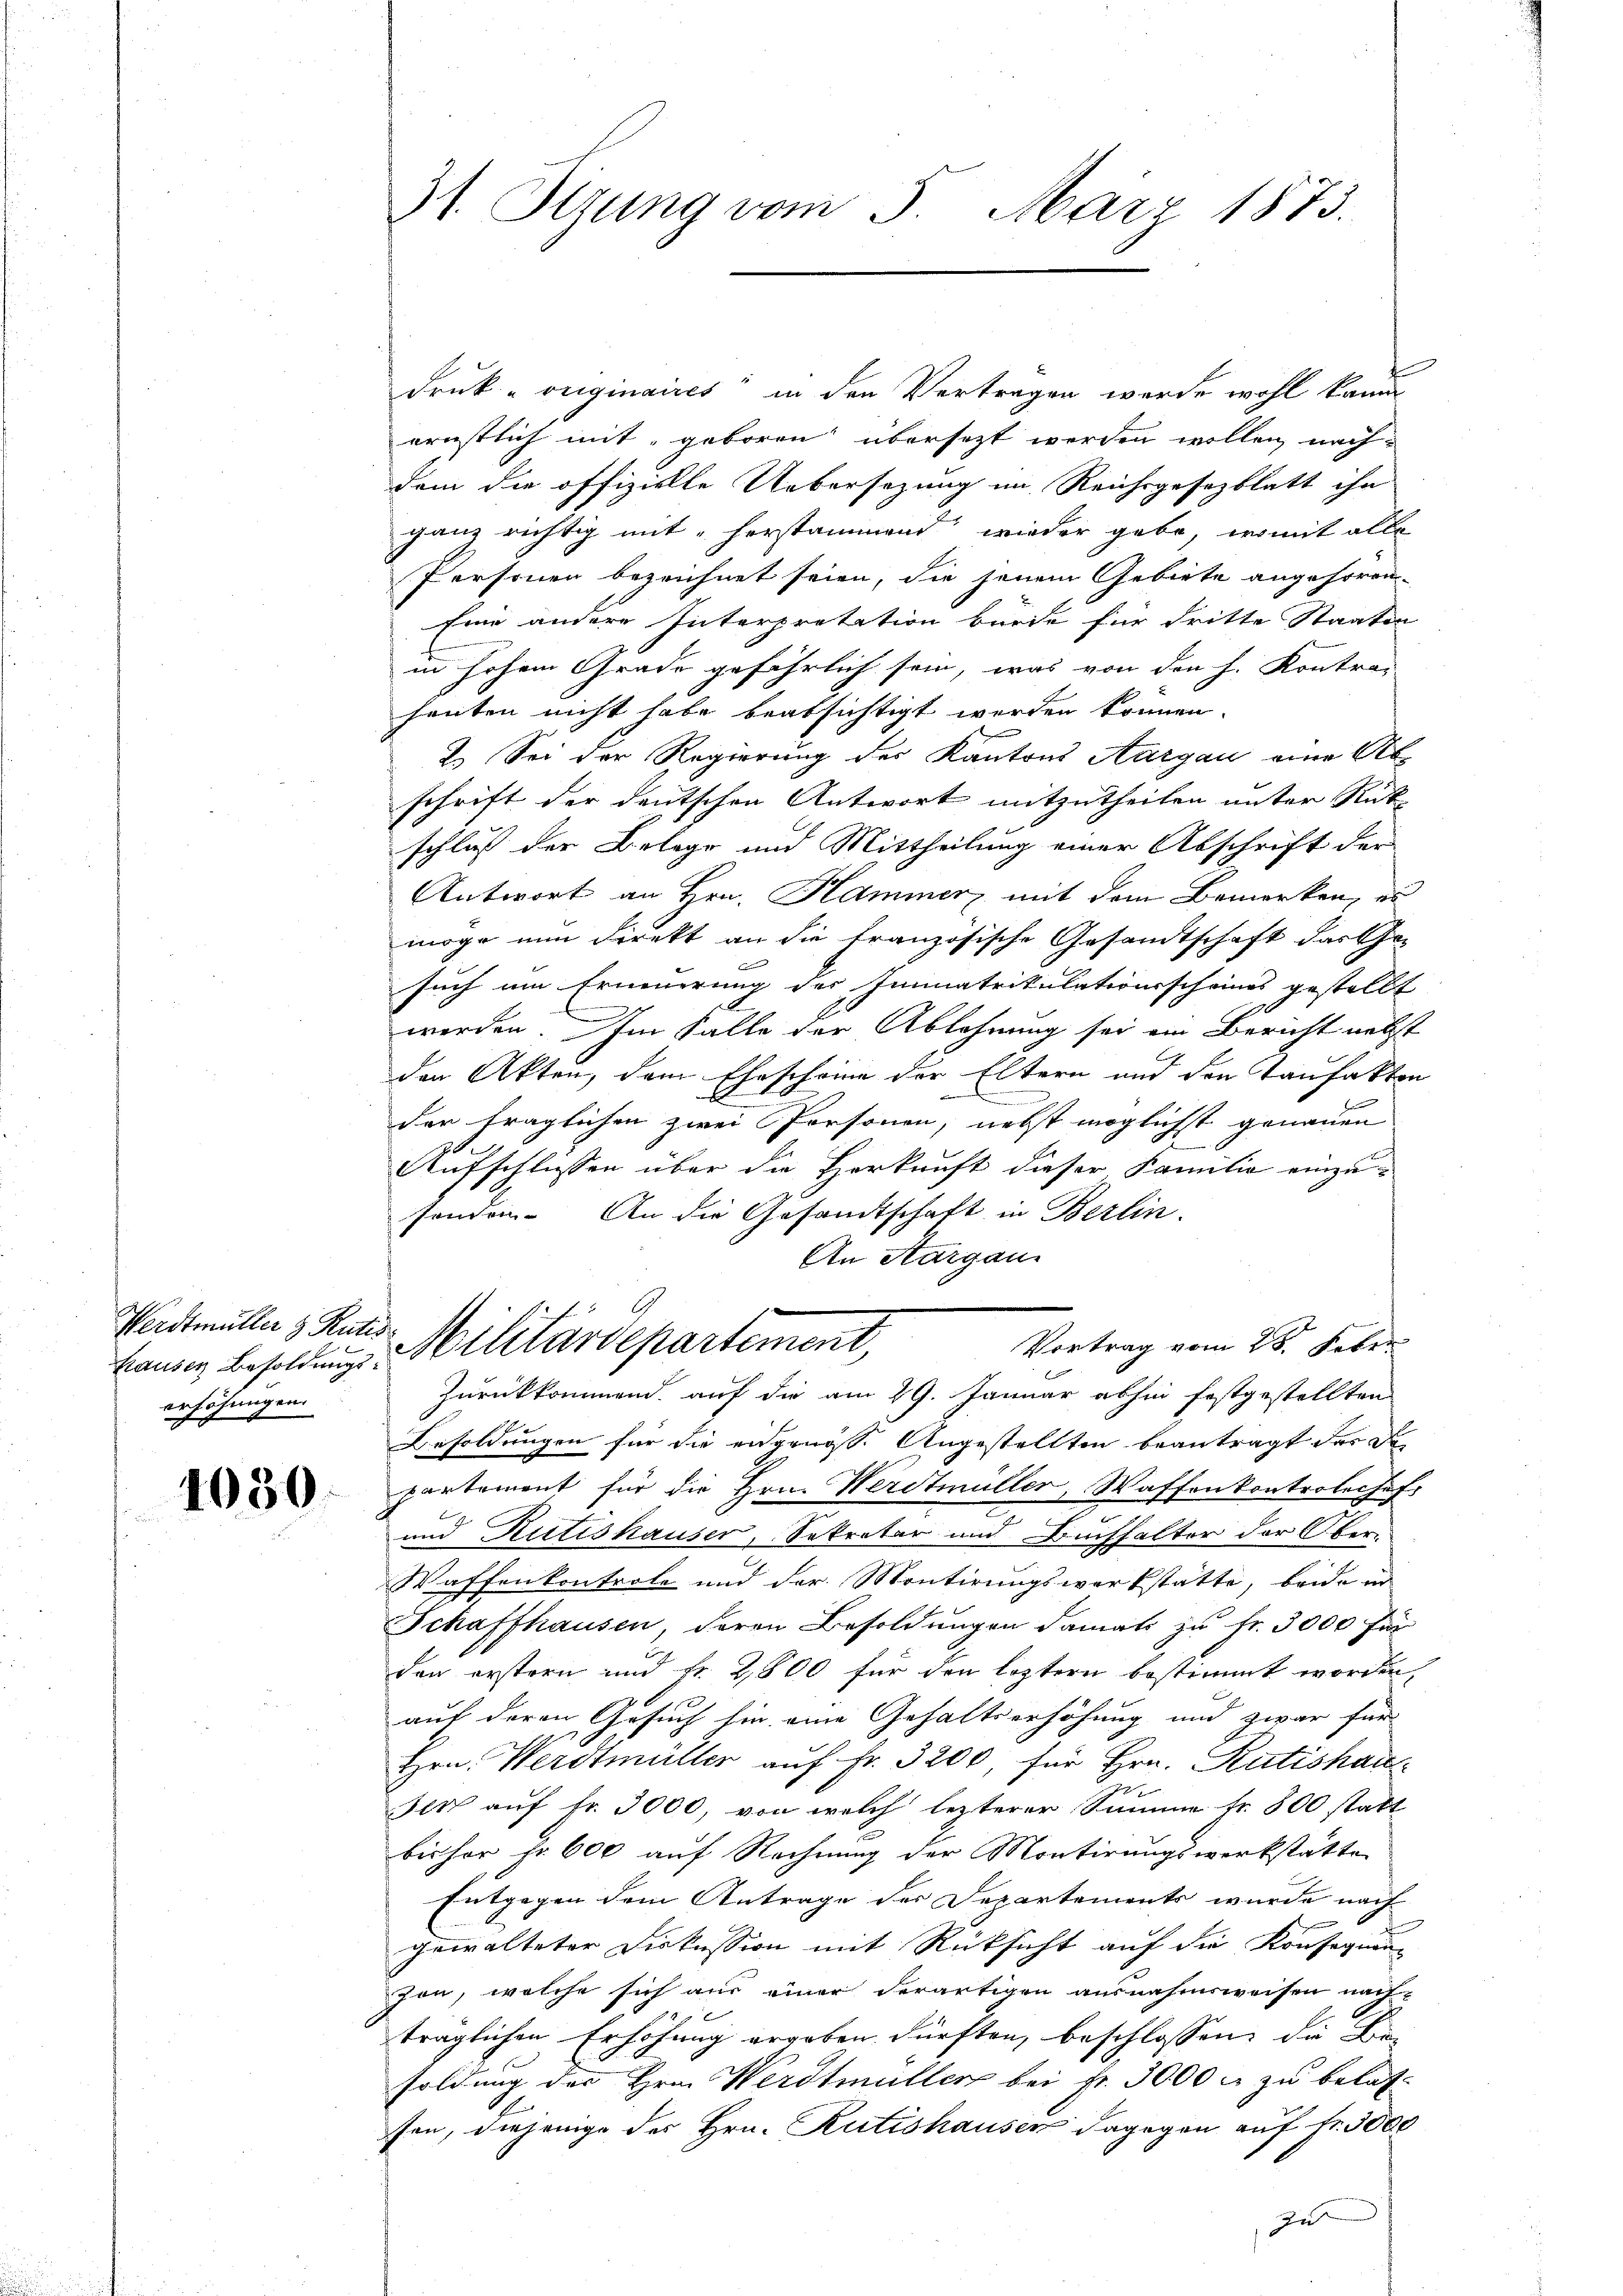
entmutter J. Rutt
erhöhungen.

1030.

31. Ittung vom 5. März 1873.

Druk voriginaires“ in den Vertragen werde wohl kam
ernstlich mit, geboren übersetzt werden wollen nachdem die offizielle Uebersezung im Reichsgesezblatt ihn
ganz richtig mit herstammend wieder gebe, womit alle
Personen bezeichnet seien, die jenem Gebiete angesoron-
Eine andere Interpretation burde für dritte Staaten
in hohem Grade gefährlich sein, was von den h. Kontrac
heuten nicht habe beabsichtigt worden können.
2.) Sei der Regierung des Kantons Aargau eine Ab
schrift der deutschen Antwort mitzutheilen unter Rückschluß der Belege und Mittheilung einer Abschrift der
Antwort an Hrn. Hammer mit dem Bemerken, zu
möge nun direkt an die französische Gesandtschaft darf o
such um Erneuerung des Immatrikulationsscheines gestellt
werden. Im Falle der Ablehnung sei ein Bericht nebst
den Akten, dem Ehescheine der Eltern und den Taufakten
n
der fraglichen zwei Personen, nebst möglichst genauen
Aufschlussen über die Herkunft dieser Familie einzusondern. An die Gesandtschaft in Berlin-
An Aargau
¬
Vortrag vom 28. Feber
kansen Besoldung Militärdepartement,
Zurückkommend, auf die am 29. Januar abhin festgestellten
Besoldungen für die eidgenöss. Angestellten beantragt der da
partement für die Hrn. Werdmüller, Waffenkontrolechef
und Rütishauser, Sekretär und Buchhalter der Ober-
Waffenkontrole und der Montirungswerkstatte, beide in
Schaffhausen, deren Besoldungen damals zu Fr. 3000 für
den erstern und Fr. 2,800 für den leztern bestimmt worden,
auf deren Gesuch sie eine Gehaltserhöhung und zwar für
Hrn. Werdmüller auf Fr. 3200, für Hrn. Rütishau
Ien auf Fr. 3000, von welch lezterer Summe fr. 800 statt
bisher fr. 600 auf Rechnung der Montirungswerkstätte
Entgegen dem Antrage der Departements wurde nach
gewalteter Diskussion mit Rücksicht auf die Konsequen-
fon, welche sich aus einer derartigen ausnahmsweisen nach-
träglichen Erhöhung ergeben dürften, beschlossen, die Be-
soldung des Hrn. Werdmüller bei Fr. 3000 fl zu belas
fen, diejenige des Hrn. Rütishausen dagegen auf Fr. 5000
z